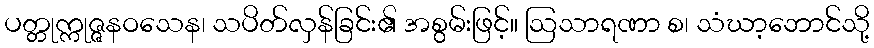
ပတ္တုက္ကုဇ္ဇနဝသေန၊ သပိတ်လှန်ခြင်း၏ အစွမ်းဖြင့်။ ဩသာရဏာ စ၊ သံဃာ့ဘောင်သို့